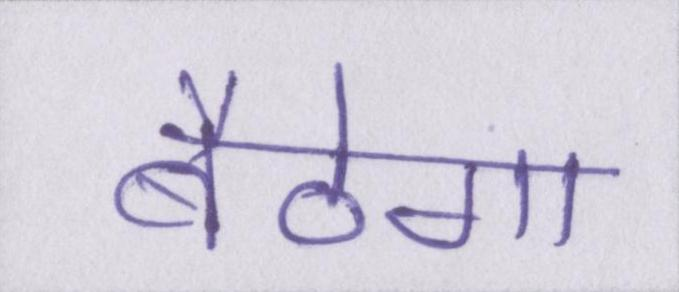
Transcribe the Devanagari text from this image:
बैठेगा